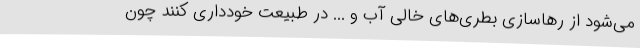
می‌شود از رهاسازی بطری‌های خالی آب و ... در طبیعت خودداری کنند چون